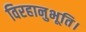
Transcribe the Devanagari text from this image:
विरहानुभूति।